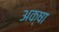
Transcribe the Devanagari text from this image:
अक्षा